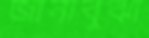
জানাবুঝা